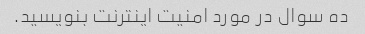
ده سوال در مورد امنیت اینترنت بنویسید.